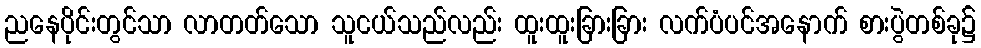
ညနေပိုင်းတွင်သာ လာတတ်သော သူငယ်သည်လည်း ထူးထူးခြားခြား လက်ပံပင်အနောက် စားပွဲတစ်ခု၌